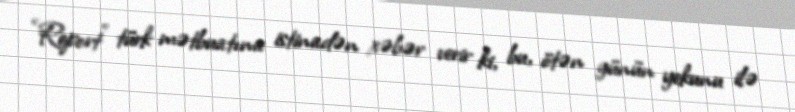
“Report” türk mətbuatına istinadən xəbər verir ki, bu, ötən günün yekunu ilə